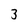
Character: 3